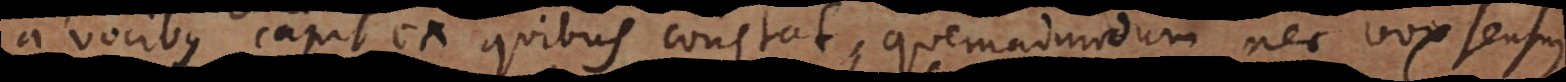
a vocibus capit ex quibus constat, quemadmodum nec vox sensu